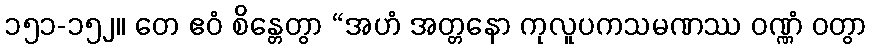
၁၅၁-၁၅၂။ တေ ဧဝံ စိန္တေတွာ “အဟံ အတ္တနော ကုလူပကသမဏဿ ဝဏ္ဏံ ဝတွာ